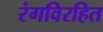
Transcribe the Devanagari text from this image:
रंगविरहित